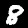
Digit: 8